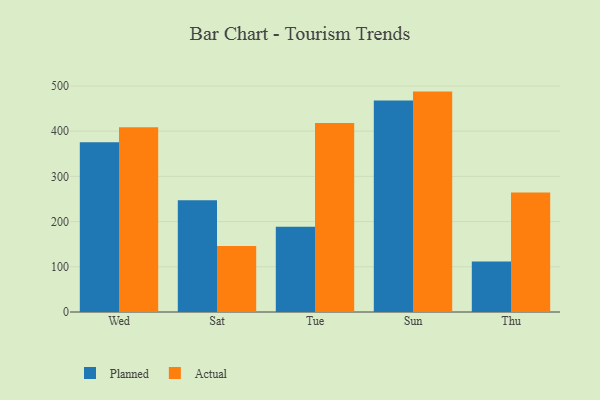
{"axis": {"x": "Day", "y": "Operating Costs (USD K)"}, "legend": ["Actual", "Planned"], "data": [{"x": "Wed", "y": 375.7, "type": "Planned"}, {"x": "Wed", "y": 408.4, "type": "Actual"}, {"x": "Sat", "y": 247.0, "type": "Planned"}, {"x": "Sat", "y": 146.2, "type": "Actual"}, {"x": "Tue", "y": 188.7, "type": "Planned"}, {"x": "Tue", "y": 417.9, "type": "Actual"}, {"x": "Sun", "y": 467.8, "type": "Planned"}, {"x": "Sun", "y": 487.5, "type": "Actual"}, {"x": "Thu", "y": 111.7, "type": "Planned"}, {"x": "Thu", "y": 264.1, "type": "Actual"}]}